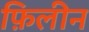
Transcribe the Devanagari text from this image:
फ़िलीन